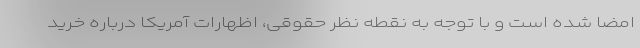
امضا شده است و با توجه به نقطه نظر حقوقی، اظهارات آمریکا درباره خرید